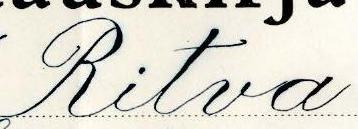
Ritva